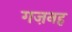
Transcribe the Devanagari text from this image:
गज़नह